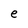
Character: e